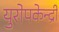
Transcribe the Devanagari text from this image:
युरोपकेन्द्री